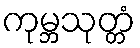
ကုမ္ဘသုတ္တံ